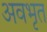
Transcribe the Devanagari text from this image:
अवभृत